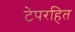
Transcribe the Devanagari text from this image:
टेपरहित